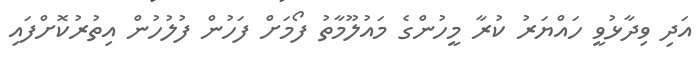
އަދި ވިދާޅުވީ ހައްޔަރު ކުރާ މީހުންގެ މައުލޫމާތު ފޯމަށް ފަހުން ފުލުހުން އިތުރުކޮށްފައި